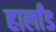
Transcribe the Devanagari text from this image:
हार्लांड